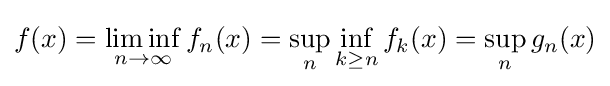
f(x)=\liminf _{n\to \infty }f_{n}(x)=\sup _{n}\inf _{k\geq n}f_{k}(x)=\sup _{n}g_{n}(x)